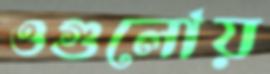
ওগুলোয়